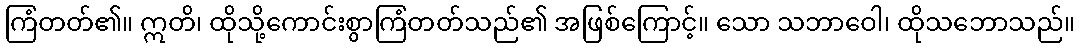
ကြံတတ်၏။ ဣတိ၊ ထိုသို့ကောင်းစွာကြံတတ်သည်၏ အဖြစ်ကြောင့်။ သော သဘာဝေါ၊ ထိုသဘောသည်။